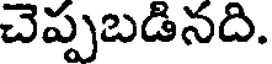
చెప్పబడినది.